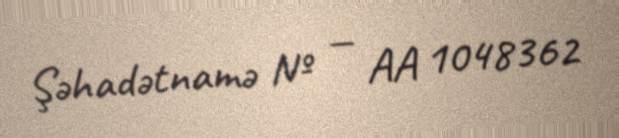
Şəhadətnamə № — AA 1048362